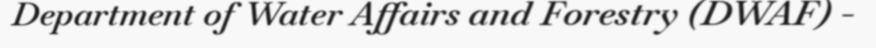
Department of Water Affairs and Forestry (DWAF) -